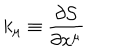
k _ { \mu } { } \equiv { } \displaystyle \frac { \partial { \cal S } } { \partial x ^ { \mu } }